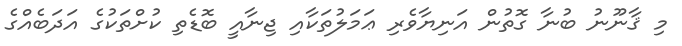
މި ޤާނޫނު ބުނާ ގޮތުން އަނިޔާވެރި ޢަމަލުތަކާއި ޖިނާއީ ބޮޑެތި ކުށްތަކުގެ އަދަބެއްގެ